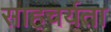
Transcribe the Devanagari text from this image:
साहचर्यता